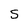
Character: S